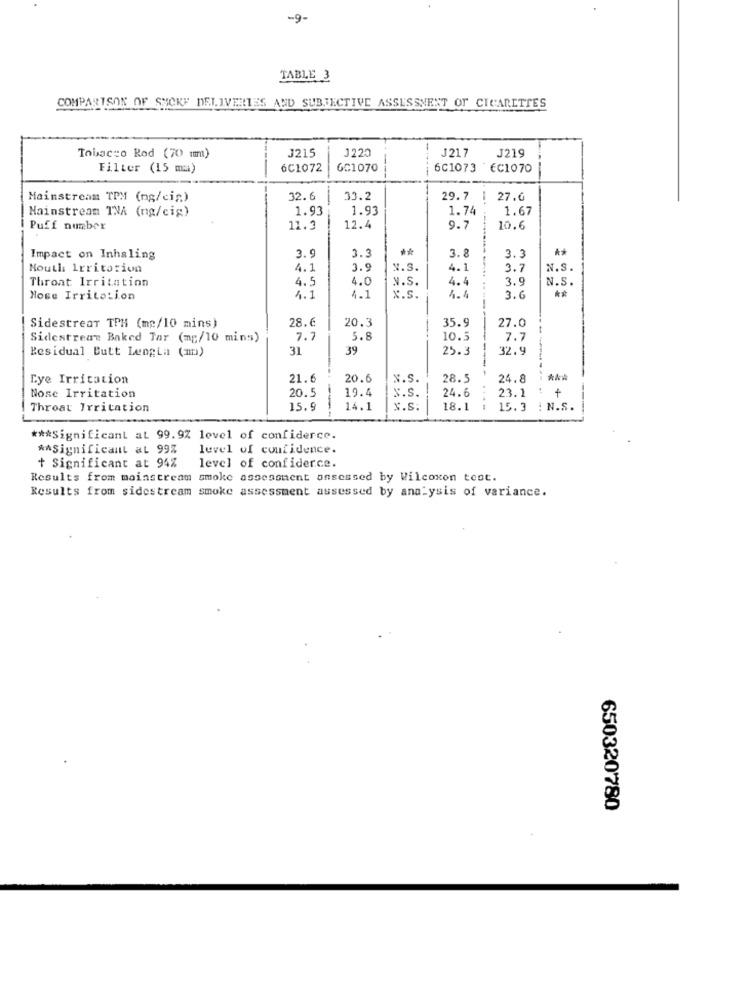
-9-
TABLE 3
COMPARISON OF SUCKF DELIVERIES AND SUBJECTIVE ASSESSMENT OF CIGARETTES
J220
J21.7
Tobacco Rod (70 mm)
J215
J219
Filter (15 ma)
6C1072
GC1070
6C1073 EC1070
Mainstream TPM (ng/cis)
32.6
33.2
29.7
27.6
Mainstream TNA (ng/cig)
1.93
1.93
1.74
1.67
Puff number
11.3
12.4
9.7
10.6
**
**
Impact on Inhaling
3.9
3.3
3.8
---
3.3
Nouth Irritorion
4.1
3.9
N.S.
4.1
3.7
N.S.
Throat Irritation
4.5
4.0
3.9
N.S.
N.S.
4.4
**
Hose Irritation
4.1
4.1
x.s.
-
4.4
3.6
Sidestrear TPH (mp/10 mins)
28.6
20.3
35.9
27.0
Sidestream Baked Tar (mg/10 mins)
7.7
5.8
10.5
7.7
--
Residual Butt LengLa (m)
31
39
25.3
32.9
Lye Irritation
21.6
20.6
N.S.
28.5
24.8
20.5
19.4
Nose Irritation
N.S.
24.6
23.1
: +
Throat Irritation
15.9
14.1
x.s.
18.1
15.3 : N.S.
*** Significant at 99.9% level of confidence.
*A Significant aL 99%
level of confidence.
+ Significant at 94%
level of confiderce.
Results from mainstream smoke assessment ansessed by Wilcoxen test.
Results from sidestream smoke assessment assessed by analysis of variance.
650320780